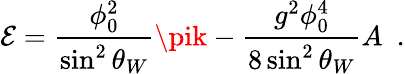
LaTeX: \mathcal{E}=\frac{{\phi_{0}^{2}}}{{\sin^{2}\theta_{W}}}\pik-\frac{{g^{2}\phi_{0}^{4}}}{{8\sin^{2}\theta_{W}}}A~~.